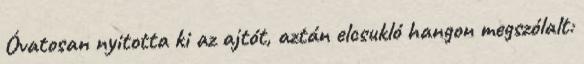
Óvatosan nyitotta ki az ajtót, aztán elcsukló hangon megszólalt: